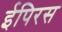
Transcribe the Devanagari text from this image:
ईपिरस